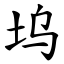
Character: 坞